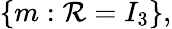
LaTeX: \{ m:\mathcal{R}=I_{3}\} ,